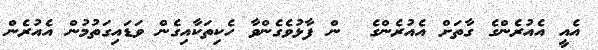
އެއީ އެއުރެންގެ ގާތަށް އެއުރެންގެ  ން ފާޅުވެގެންވާ ހެކިތަކާއިގެން ވަޑައިގަތުމުން އެއުރެން